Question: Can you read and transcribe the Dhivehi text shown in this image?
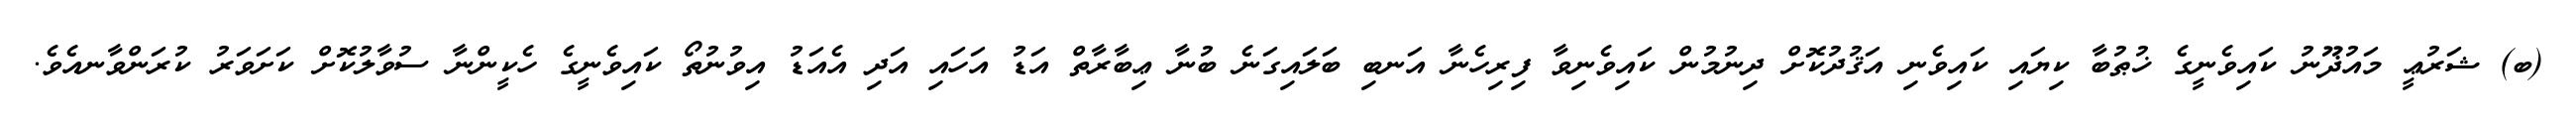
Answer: (ބ) ޝަރުޢީ މައުޛޫނު ކައިވެނީގެ ޚުޠުބާ ކިޔައި ކައިވެނި އަޤުދުކޮށް ދިނުމުން ކައިވެނިވާ ފިރިހެނާ އަނބި ބަލައިގަނެ ބުނާ ޢިބާރާތް އަޑު އަހައި އަދި އެއަޑު އިވުނުތޯ ކައިވެނީގެ ހެކީންނާ ސުވާލުކޮށް ކަށަވަރު ކުރަންވާނއެވެ.